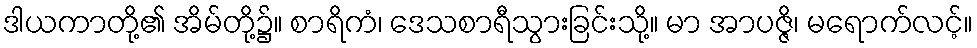
ဒါယကာတို့၏ အိမ်တို့၌။ စာရိကံ၊ ဒေသစာရီသွားခြင်းသို့။ မာ အာပဇ္ဇိ၊ မရောက်လင့်။